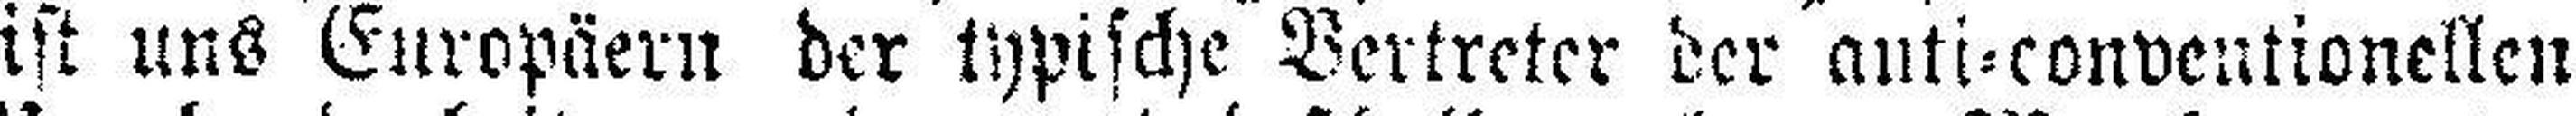
ist uns Europäern der typische Vertreter der anti=conventionellen